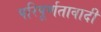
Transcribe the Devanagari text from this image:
परिपूर्णतावादी